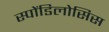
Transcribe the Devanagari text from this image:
स्पोंडिलोसिस